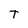
Character: T